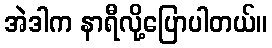
အဲဒါက နာရီလို့ပြောပါတယ်။